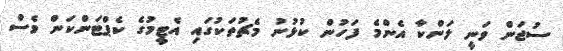
ސުޖަން ވަނީ ލަންކާ އެންމެ ފަހުން ކުޅުނު މެޗުތަކުގައި އެޓީމުގެ ކެޕްޓަންކަން ވެސް